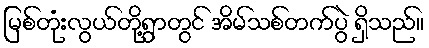
မြစ်တုံးလွယ်တို့ရွာတွင် အိမ်သစ်တက်ပွဲ ရှိသည်။